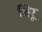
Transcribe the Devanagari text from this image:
थिरू